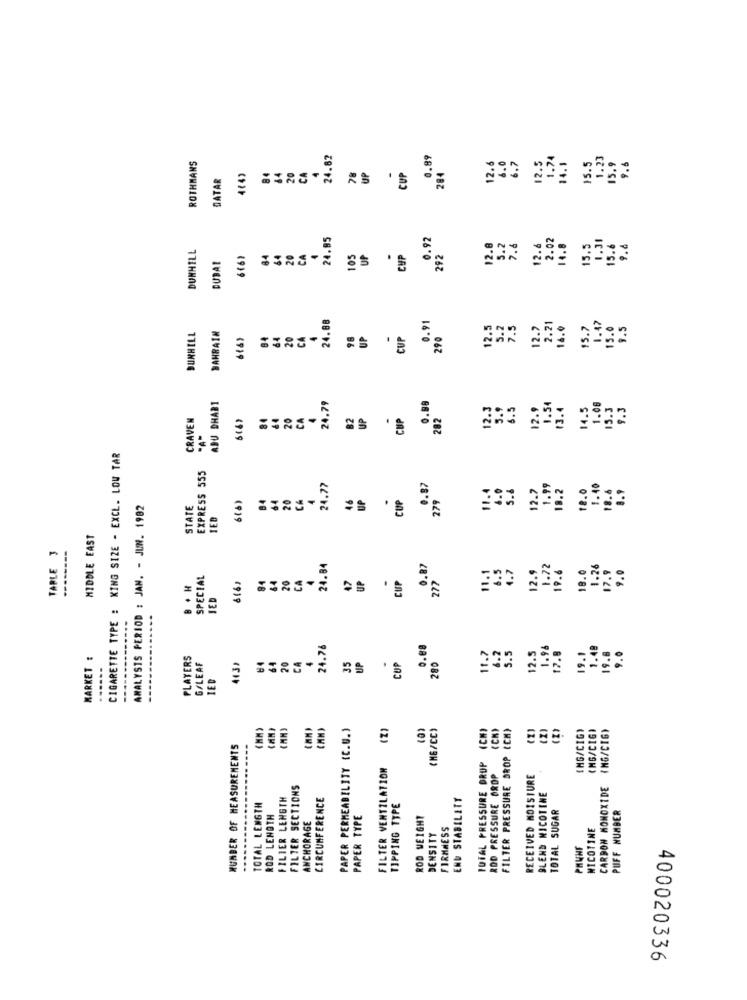
24.82
0.89
12.5
1.74
14.1
1.23
9.6
ROTHMANS
84
44
20
4
UP
12.6
6.0
6.7
15.5
15.9
QATAR
CA
78
CUP
284
24.85
0.92
2.02
1.31
DUNHILL
12.6
5.2
7.6
12.6
14.8
15.5
15.6
9. 6
616)
84
64
20
CA
105
UP
CUP
292
DUDAL
24.88
BAHRAIN
0.91
12.5
5.2
7.5
12.7
2.21
16.0
15.7
1.47
15.0
9.5
DUNHILL
616>
64
20
CA
98
UP
.
CUP
290
ABU DHABI
24.79
0.88
12.3
5.9
6.5
12.9
1.54
13.4
14.5
1.08
15 .3
9.3
CRAVEN
5(6)
84
20
CA
82
UP
CUP
282
CIGARETTE TYPE : KING SIZE - EXCL. LOW TAR
EXPRESS 555
24.77
0.87
1.0
5.4
12.7
1.99
18.2
18.0
1.40
18.6
8.9
84
64
20
CA
4
46
UP
CUP
279
ANALYSTS PERIOD : JAN. - JUN. 1982
STATE
IED
.
MIDDLE EAST
TABLE 3
--------
24.84
0.87
11.1
4.7
12.9
1.72
19.6
18.0
1.26
17.9
9.0
SPECIAL
84
64
20
CA
47
UP
CUP
277
B . H
JED
24.76
o.88
5.5
1.96
1.48
9.0
MARKET :
PLAYERS
20
CA
35
UP
11.7
6.2
12.5
17.8
19.1
19.8
------
G/LEAF
443)
64
CUP
280
IED
---
PAPER PERMEABILITY (C.U.)
(2)
(0)
(MG/CC)
(CN)
FILTER PRESSURE DROP ICH)
(2)
IMG/CIG)
(MG/CIG)
(MG/CIG>
NUMBER OF MEASUREMENTS
FILTER VENTILATION
TOTAL PRESSURE DRUP
ROD PRESSURE DROP
RECEIVED MOISTURE
FILTER SECTIONS
CARBON MONOXIDE
FILTER LENGTH
CIRCUMFERENCE
END STABILITY
BLEND NICOTINE
TOTAL LENGTH
TIPPING TYPE
TOTAL SUGAR
PUFF NUMBER
ROD LENGTH
PAPER TYPE
ROD WEIGHT
ANCHORAGE
FIRMNESS
NICOTINE
DENSITY
PHUNF
...
400020336